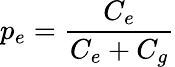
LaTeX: p_{e}=\frac{C_{e}}{C_{e}+C_{g}}